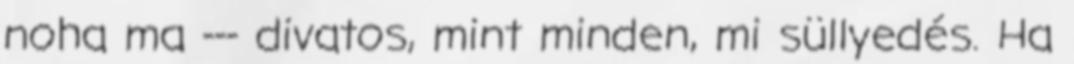
noha ma --- divatos, mint minden, mi süllyedés. Ha